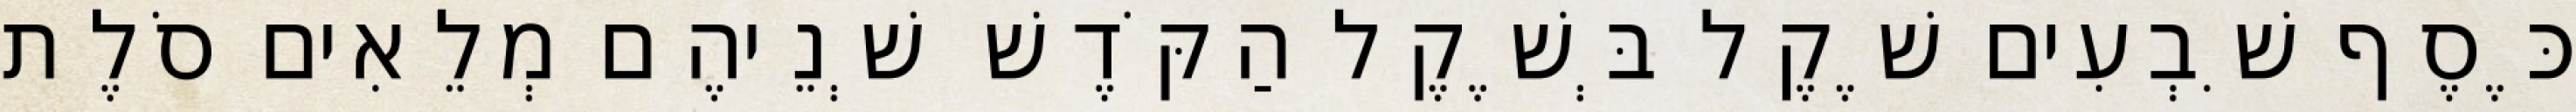
כֶּסֶף שִׁבְעִים שֶׁקֶל בְּשֶׁקֶל הַקֹּדֶשׁ שְׁנֵיהֶם מְלֵאִים סֹלֶת